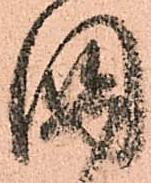
國